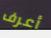
أعرف